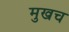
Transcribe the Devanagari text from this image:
मुखच